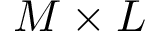
M \times L